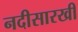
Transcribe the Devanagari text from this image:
नदीसारखी